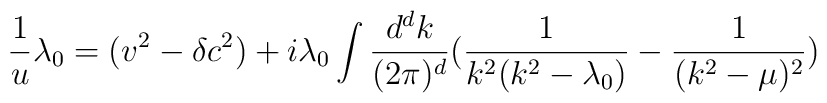
\frac{1}{u} \lambda_0 = (v^2 - \delta c^2)+i\lambda_0\int \frac{d^d k}{(2\pi)^d}(\frac{1}{k^2(k^2- \lambda_0)} - \frac{1}{(k^2-\mu)^2})